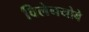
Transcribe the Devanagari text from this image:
विलेनयोबे